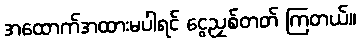
အထောက်အထားမပါရင် ငွေညှစ်တတ် ကြတယ်။